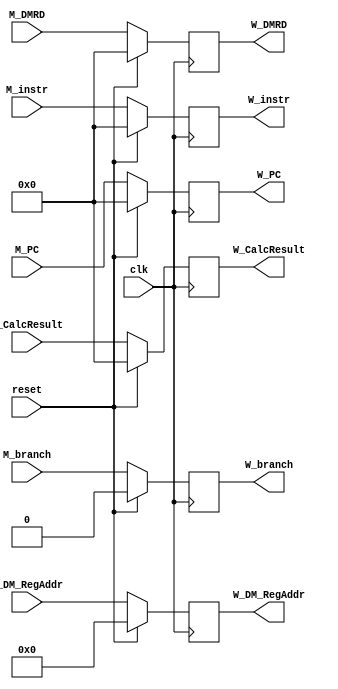
module W_REG(
    input clk,
    input reset,
    input [31:0] M_PC,
    input [31:0] M_instr,
    input [31:0] M_CalcResult,
    input [31:0] M_DMRD,
    input [4:0] M_DM_RegAddr,
    input M_branch,
    output reg [31:0] W_PC,
    output reg [31:0] W_instr, 
    output reg [31:0] W_CalcResult,  
    output reg [31:0] W_DMRD,
    output reg [4:0] W_DM_RegAddr,
    output reg W_branch);

    always @(posedge clk) begin
        if (reset) begin
            W_PC <= 32'h0;
            W_instr <= 32'h0;
            W_CalcResult <= 32'h0;
            W_DMRD <= 32'h0;
            W_branch <= 1'b0;
            W_DM_RegAddr <= 4'h0;
        end
        else begin
            W_PC <= M_PC;
            W_instr <= M_instr;
            W_CalcResult <= M_CalcResult;
            W_DMRD <= M_DMRD;
            W_branch <= M_branch;
            W_DM_RegAddr <= M_DM_RegAddr;
        end
    end

endmodule